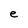
Character: e